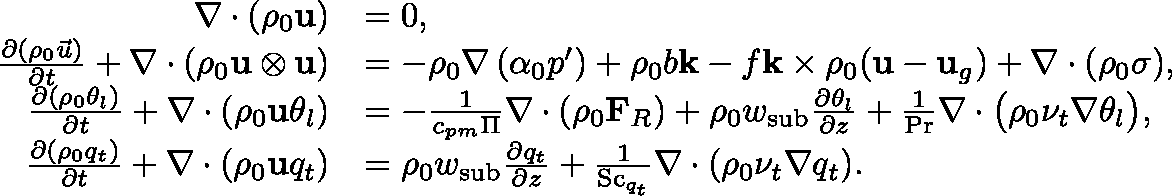
\begin{array} { r l } { \nabla \cdot ( \rho _ { 0 } \mathbf { u } ) } & { = 0 , } \\ { \frac { \partial ( \rho _ { 0 } \vec { u } ) } { \partial t } + \nabla \cdot \left( \rho _ { 0 } \mathbf { u } \otimes \mathbf { u } \right) } & { = - \rho _ { 0 } \nabla \left( \alpha _ { 0 } p ^ { \prime } \right) + \rho _ { 0 } b \mathbf { k } - f \mathbf { k } \times \rho _ { 0 } ( \mathbf { u } - \mathbf { u } _ { g } ) + \nabla \cdot ( \rho _ { 0 } \mathbf { \sigma } ) , } \\ { \frac { \partial ( \rho _ { 0 } \theta _ { l } ) } { \partial t } + \nabla \cdot \left( \rho _ { 0 } \mathbf { u } \theta _ { l } \right) } & { = - \frac { 1 } { c _ { p m } \Pi } \nabla \cdot ( \rho _ { 0 } \mathbf { F } _ { R } ) + \rho _ { 0 } w _ { \mathrm { s u b } } \frac { \partial \theta _ { l } } { \partial z } + \frac { 1 } { \mathrm { P r } } \nabla \cdot \bigl ( \rho _ { 0 } \nu _ { t } \nabla \theta _ { l } \bigr ) , } \\ { \frac { \partial ( \rho _ { 0 } q _ { t } ) } { \partial t } + \nabla \cdot ( \rho _ { 0 } \mathbf { u } q _ { t } ) } & { = \rho _ { 0 } w _ { \mathrm { s u b } } \frac { \partial q _ { t } } { \partial z } + \frac { 1 } { \mathrm { S c } _ { q _ { t } } } \nabla \cdot ( \rho _ { 0 } \nu _ { t } \nabla q _ { t } ) . } \end{array}